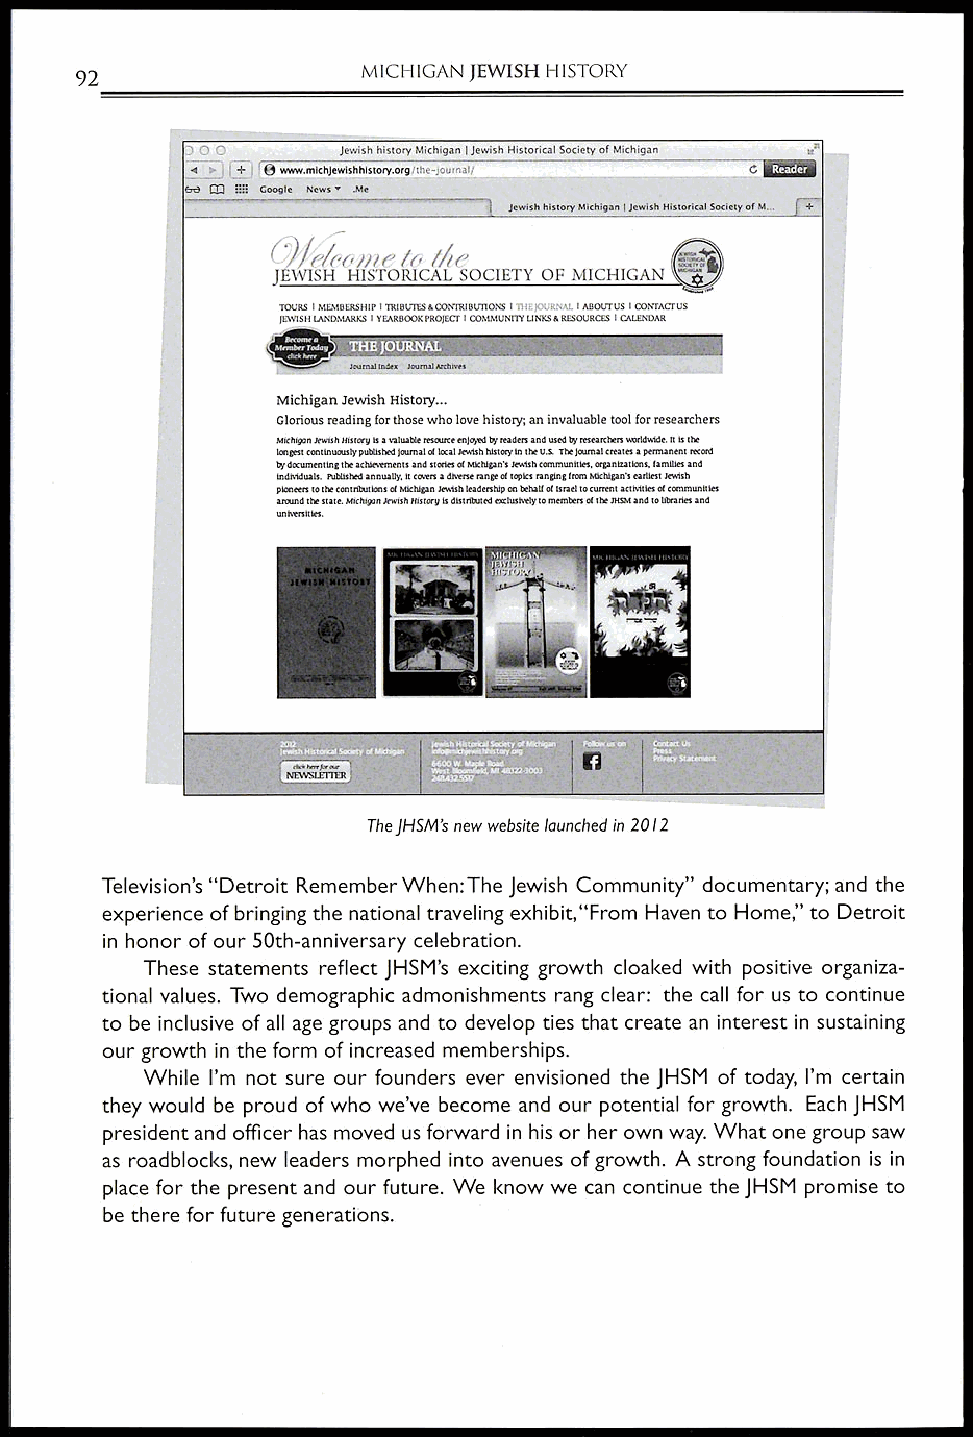
MICHIGAN JEWISH HISTORY
 92
 0       Jewish history Michigan Jewish Historical Society of Michigan
 ' e www.michJewishhistory.orginie-:on,,..11;
 If:r6 M Google News .Me
 Jewish history Michigan I Jewish Historical Society of M.
 /Pome to the
 JEWISH HISTORICAL SOCIETY OF MICHIGAN
 TOURS I MEMBERSHIP I TRIBUTES CONTIIIBUTIONS I; '.l. I ABOUT US I cotcrAcr US
 JEWISH LANDMARKS I YEARBOOK PROJECT' I COMMUNITY LINKS & RESOURCES I CALENDAR
 leomol In/ex Journal Archives
 Michigan Jewish History...
 Glorious reading for those who love history; an invaluable tool for researchers
 Michigan Jewish History is a valuable resource enjoyed by readers and used by researchers worldwide. tt Is the
 longest continuously published Journal of local Jewish history In the U.S. The Journal creates a permanent record
 by dccumenting the achievements and stories of Michigan's Jewish communities, organizations, families and
 individuals. Published annually, It covers a diverse range of topics ranging from Michigan's earliest Jewish
 pioneers to the contributions of Michigan Jewish leadership on behalf of Israel to current activities of communities
 around the state. Michigan Jewish History is distributed exclusively to members of the JHSM and to libraries and
 universities.
 J 1 I
 .1.
 AX herrjar am-
 NEWSIFITER
 The JHSM's new website launched in 2012
 Television's "Detroit Remember When:The Jewish Community" documentary; and the
 experience of bringing the national traveling exhibit,"From Haven to Home," to Detroit
 in honor of our 50th-anniversary celebration.
 These statements reflect JHSM's exciting growth cloaked with positive organiza-
 tional values. Two demographic admonishments rang clear: the call for us to continue
 to be inclusive of all age groups and to develop ties that create an interest in sustaining
 our growth in the form of increased memberships.
 While I'm not sure our founders ever envisioned the JHSM of today, I'm certain
 they would be proud of who we've become and our potential for growth. Each JHSM
 president and officer has moved us forward in his or her own way. What one group saw
 as roadblocks, new leaders morphed into avenues of growth. A strong foundation is in
 place for the present and our future. We know we can continue the JHSM promise to
 be there for future generations.